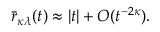
\bar { r } _ { \kappa \lambda } ( t ) \approx | t | + O ( t ^ { - 2 \kappa } ) .